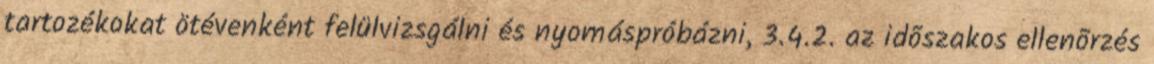
tartozékokat ötévenként felülvizsgálni és nyomáspróbázni, 3.4.2. az idõszakos ellenõrzés